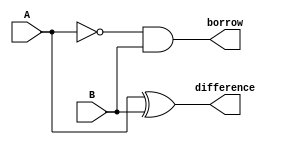
module Subtractor(
    input A,
    input B,
    output difference,
    output borrow
);

assign difference = A ^ B;
assign borrow = ((~A) & B);

endmodule